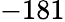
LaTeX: -181